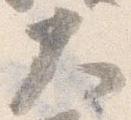
大